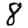
Digit: 8